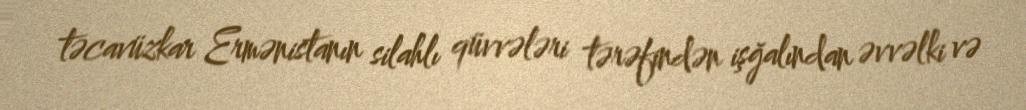
təcavüzkar Ermənistanın silahlı qüvvələri tərəfindən işğalından əvvəlki və